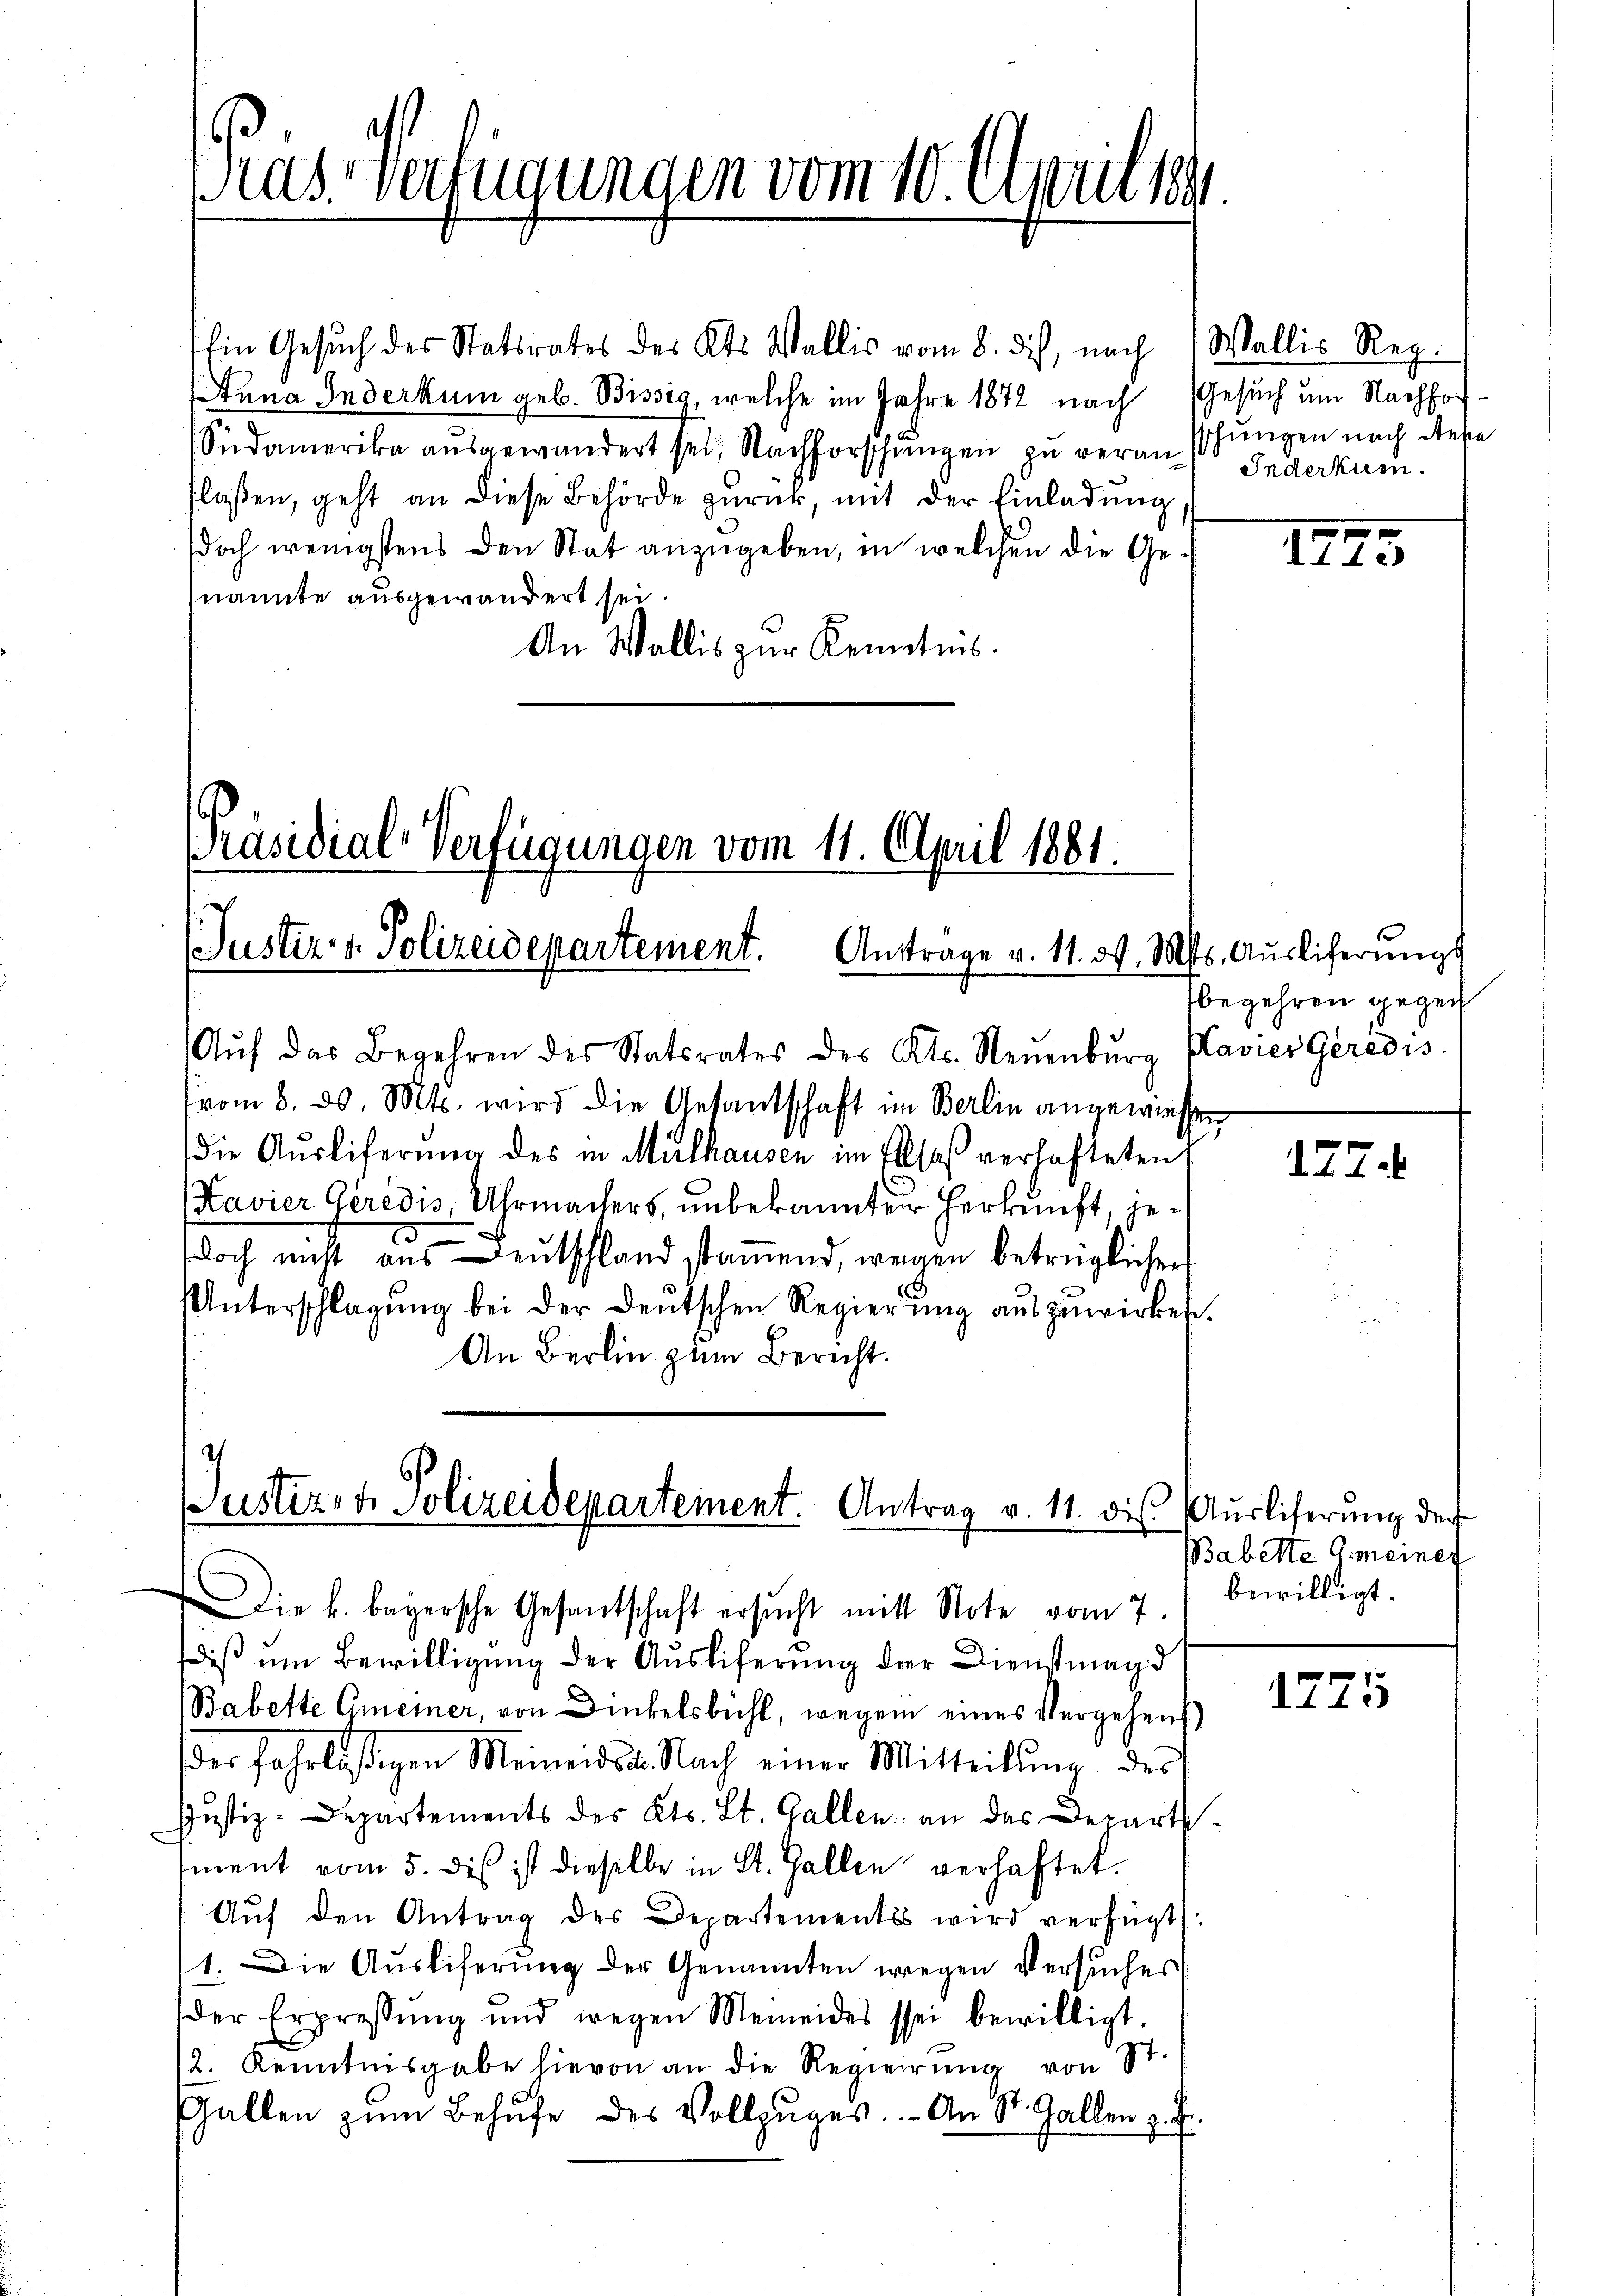
as. Verfügungen vom 10. April 1891

Ein Gesuch der Statsrates des Kts. Wallis vom 8. dich, nach
Anna Inderkum geb. Bissig, welche im Jahre 1872 nach Gesuch um Nachfor¬
Südamerika ausgewandert sei, Nachforschungen zu veranschungen nach diese
flassen, geht an diese Behörde zurück, mit der Einladung
doch wenigstens den Stat anzugeben, in welchen die Genannte ausgewandert sei.
An Wallis zur Kenntnis.

Präsidial-Verfügungen vom 11. April 1881.
(Justiz- & Polizeidepartement. Antrage v. 11. d. Mts. Aŭsliferŭngs

Justiz- & Polizeidepartement. Antrag v. 11. die Ausliserung der

Aŭf das Begehren des Statsrates des Kts. Neuenburg Klavier Geredis
(vom 8. 30. Mts. wird die Gesandschaft im Berlin angewiessen
die Aŭsliferung des in Mülhausen im Elsaß verhafteten
Kavier Geredis, Uhrmachers, unbekannten Herkunft, jedoch nicht aus entschland stamend, wegen betrüglicher
Unterschlagung bei der deutschen Regierŭng auszuwirken.
An Berlin zum Bericht.

Die k. bayersche Gesantschaft ersucht mitt Note vom 7.
dis um Bewilligung der Ausliferung der Dienstmagd
Babette Gmeiner, von Dinkelsbühl, wegen eines Vergehens
der fahrlässigen Meiners. Nach einer Mitteilŭng des
Justiz-Departements des Kts. Lt. Gallen an des Departsment vom 5. des ist dieselbe in St. Gallen verhaftet.
Aŭf den Antrag des Departements wird verfügt:
1. Die Ausliferung der Genannten wegen Versuches
der Erpressŭng und wegen Memeides sei bewilligt.
2. Kenntnisgabe hievon an die Regierŭng von St.
Gallen zŭm Behufe des Vollzŭges. - An St. Gallen z.

Wallis Reg.
Inderkum.

17.

5

begehren gegenh

177.

Babette Gemeiner
bewilligt.

1275